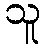
သူ